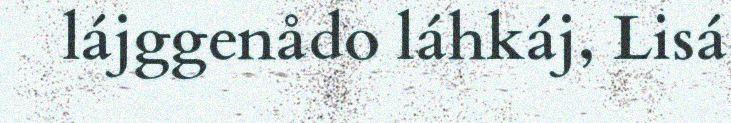
lájggenådo láhkáj, Lisá